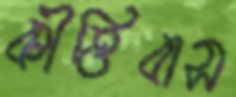
কীত্তিবাস